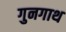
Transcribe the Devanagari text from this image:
गुनगाथ